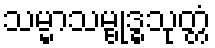
သမ္မာသမ္ဗုဒ္ဓသုတ္တံ